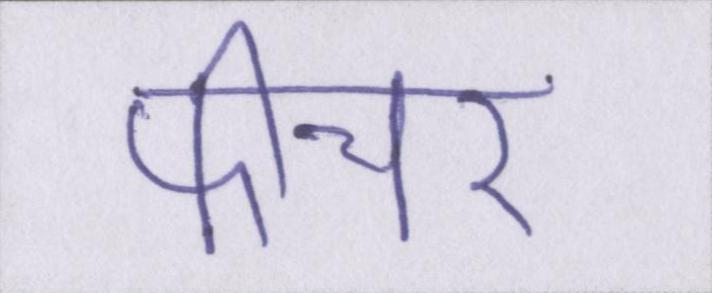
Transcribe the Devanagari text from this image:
फीचर